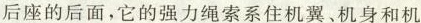
后座的后面，它的强力绳索系住机翼、机身和机